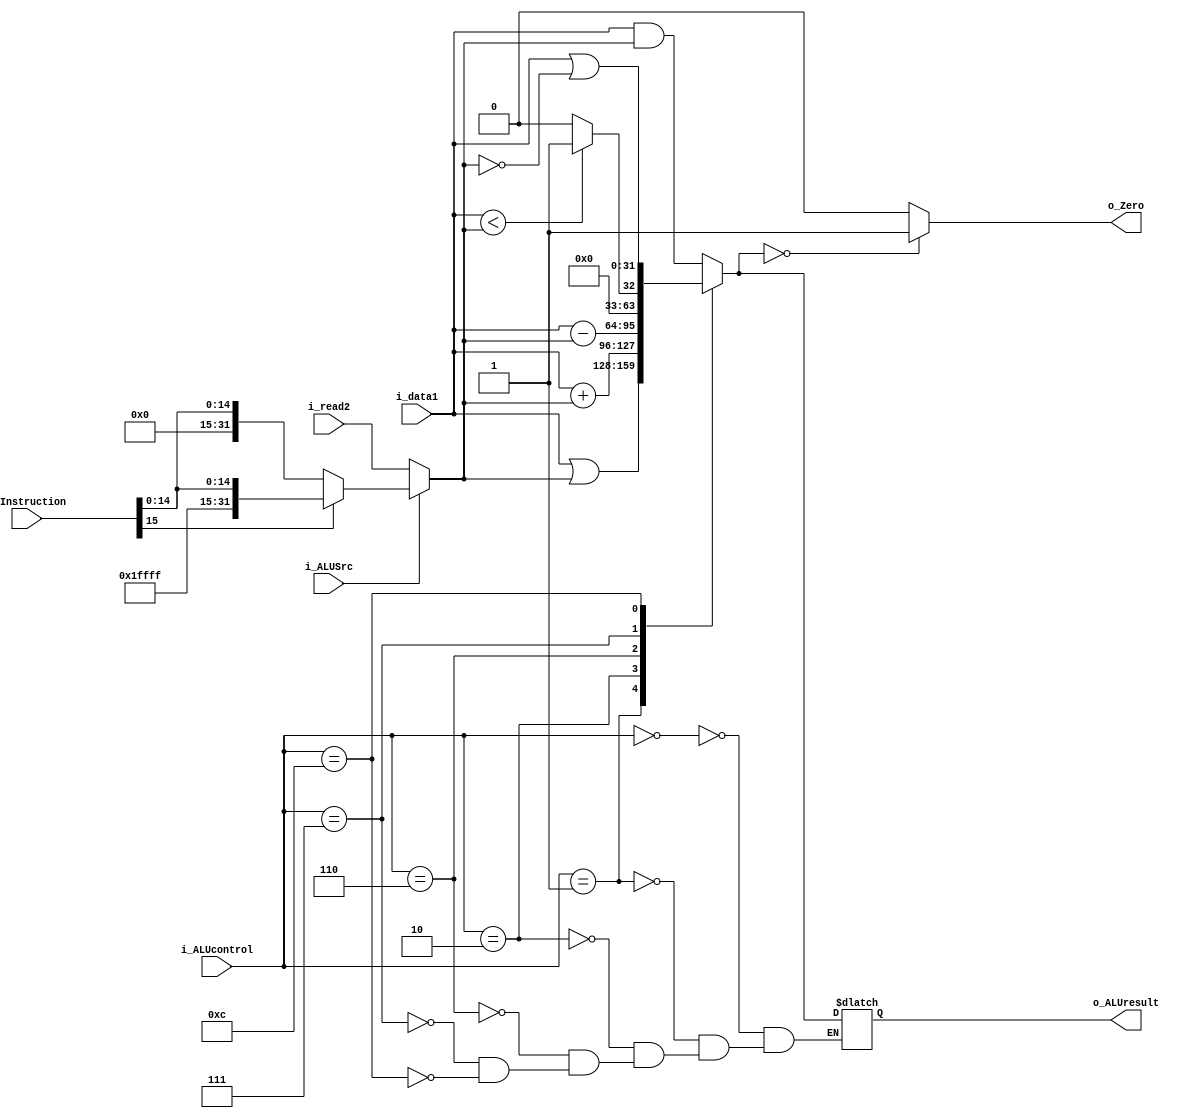
`timescale 1ns / 1ps
module ALU (
    input      [31:0] i_data1,        // data 1
    input      [31:0] i_read2,        // data 2 from MUX
    input      [31:0] i_Instruction,  // used for sign-extension
    input             i_ALUSrc,
    input      [ 3:0] i_ALUcontrol,
    output reg        o_Zero,
    output reg [31:0] o_ALUresult
);
  reg [31:0] data2;
  always @(i_ALUSrc, i_read2, i_Instruction) begin
    if (i_ALUSrc == 0) begin
      data2 = i_read2;
    end else begin
      if (i_Instruction[15] == 1'b0) begin
        data2 = {16'b0, i_Instruction[15:0]};
      end else begin
        data2 = {{16{1'b1}}, i_Instruction[15:0]};
      end
    end
  end
  always @(i_data1, data2, i_ALUcontrol) begin
    case (i_ALUcontrol)
      4'b0000:  // AND
      o_ALUresult = i_data1 & data2;
      4'b0001:  // OR
      o_ALUresult = i_data1 | data2;
      4'b0010:  // ADD
      o_ALUresult = i_data1 + data2;
      4'b0110:  // SUB
      o_ALUresult = i_data1 - data2;
      4'b0111:  // SLT
      o_ALUresult = (i_data1 < data2) ? 1 : 0;
      4'b1100:  // NOR
      o_ALUresult = i_data1 | ~data2;
      default: ;
    endcase
    if (o_ALUresult == 0) begin
      o_Zero = 1;
    end else begin
      o_Zero = 0;
    end
  end
endmodule